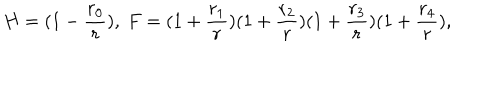
H = ( 1 - \frac { r _ { 0 } } { r } ) , \ F = ( 1 + \frac { r _ { 1 } } { r } ) ( 1 + \frac { r _ { 2 } } { r } ) ( 1 + \frac { r _ { 3 } } { r } ) ( 1 + \frac { r _ { 4 } } { r } ) ,